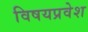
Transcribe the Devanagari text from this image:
विषयप्रवेश